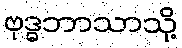
ဗုဒ္ဓဘာသာသို့